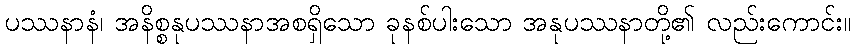
ပဿနာနံ၊ အနိစ္စနုပဿနာအစရှိသော ခုနစ်ပါးသော အနုပဿနာတို့၏ လည်းကောင်း။